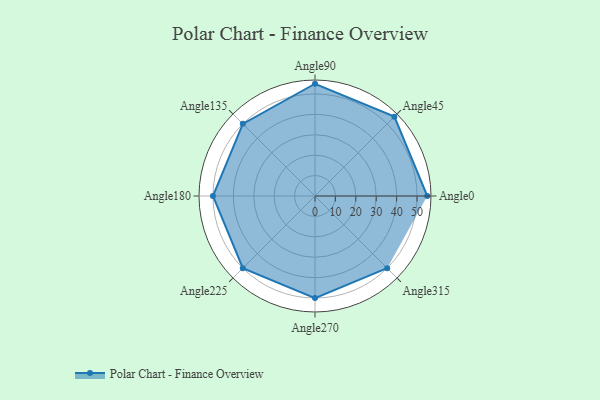
{"axis": {"x": "Angle", "y": "Radius"}, "legend": [""], "data": [{"x": "Angle0", "y": 55.0, "type": ""}, {"x": "Angle45", "y": 55.0, "type": ""}, {"x": "Angle90", "y": 55.0, "type": ""}, {"x": "Angle135", "y": 50.0, "type": ""}, {"x": "Angle180", "y": 50, "type": ""}, {"x": "Angle225", "y": 50, "type": ""}, {"x": "Angle270", "y": 50, "type": ""}, {"x": "Angle315", "y": 50, "type": ""}]}